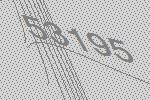
53195